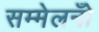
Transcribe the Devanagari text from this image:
सम्मेलनोँ